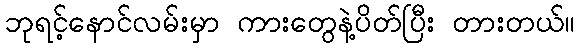
ဘုရင့်နောင်လမ်းမှာ ကားတွေနဲ့ပိတ်ပြီး တားတယ်။